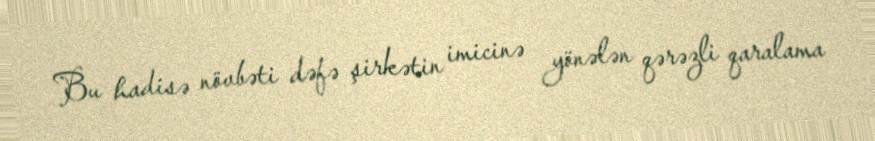
Bu hadisə növbəti dəfə şirkətin imicinə yönələn qərəzli qaralama